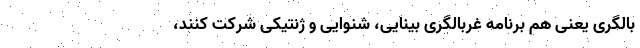
بالگری یعنی هم برنامه غربالگری بینایی، شنوایی و ژنتیکی شرکت کنند،